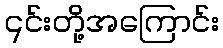
၎င်းတို့အကြောင်း